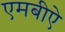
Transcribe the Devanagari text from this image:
एमबीऐ